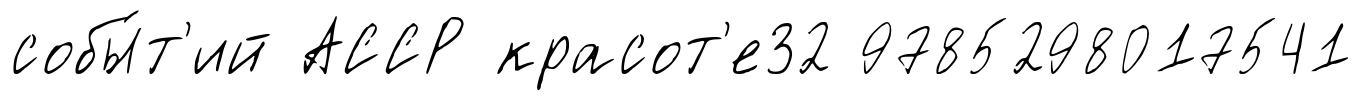
собы́т'ий АССР красот'е32 9785298017541